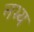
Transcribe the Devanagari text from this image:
नभ्य